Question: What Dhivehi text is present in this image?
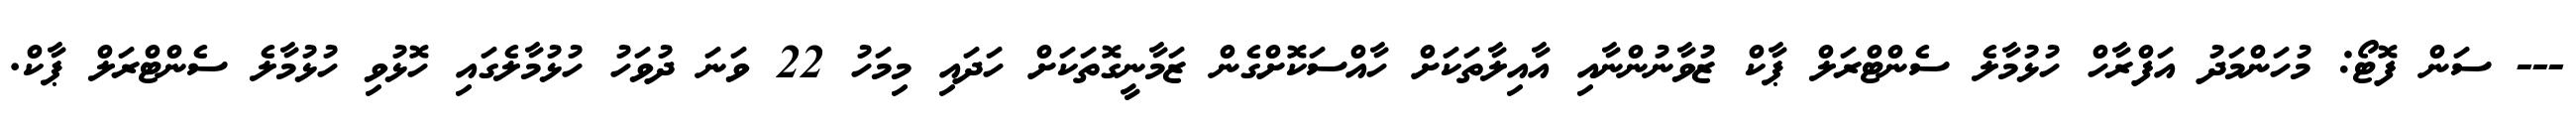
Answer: --- ސަން ފޮޓޯ: މުހަންމަދު އަފްރާހް ހުޅުމާލެ ސެންޓްރަލް ޕާކް ޒުވާނުންނާއި އާއިލާތަކަށް ހާއްސަކޮށްގެން ޒަމާނީގޮތަކަށް ހަދައި މިމަހު 22 ވަނަ ދުވަހު ހުޅުމާލެގައި ހޮޅުވި ހުޅުމާލެ ސެންޓްރަލް ޕާކް.